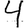
Digit: 4